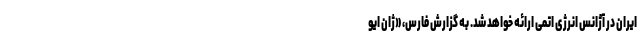
ایران در آژانس انرژی اتمی ارائه خواهد شد. به گزارش فارس، «ژان ایو